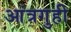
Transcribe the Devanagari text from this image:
आंत्रगुही